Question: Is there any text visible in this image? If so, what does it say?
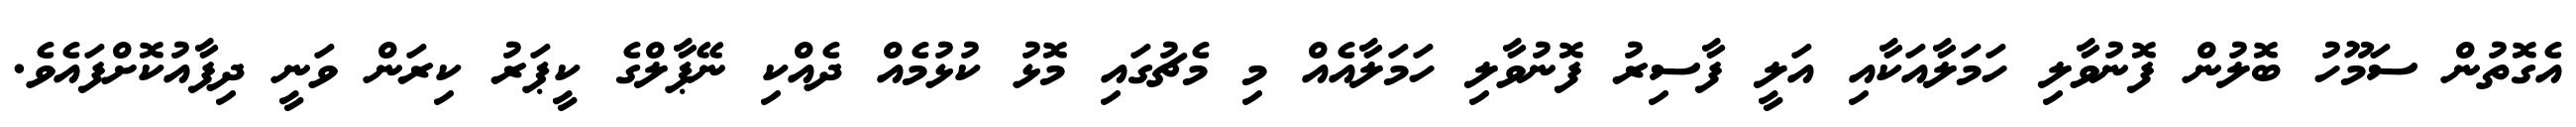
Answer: އެގޮތުން ސަމޫހު ބޮލުން ފޮނުވާލި ހަމަލާއަކާއި އަލީ ފާސިރު ފޮނުވާލި ހަމަލާއެއް މި މެޗުގައި މޮޅު ކުޅުމެއް ދެއްކި ނޭޕާލްގެ ކީޕަރު ކިރަން ވަނީ ދިފާއުކޮށްފައެވެ.